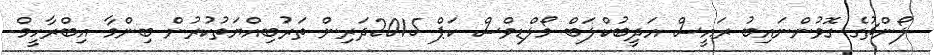
ލޯންޗުގެ ގޮވުންނައިބު ރައީސް އަދީބުކްލަބް މޯލްޑިވްސް ކަޕް 2015ދަރިން ތަރުބިއްޔަތުކުރުން ބިންމާ އިބްރާހީމް